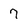
Character: 7